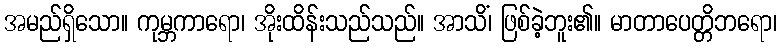
အမည်ရှိသော။ ကုမ္ဘကာရော၊ အိုးထိန်းသည်သည်။ အာသိံ၊ ဖြစ်ခဲ့ဘူး၏။ မာတာပေတ္တိဘရော၊